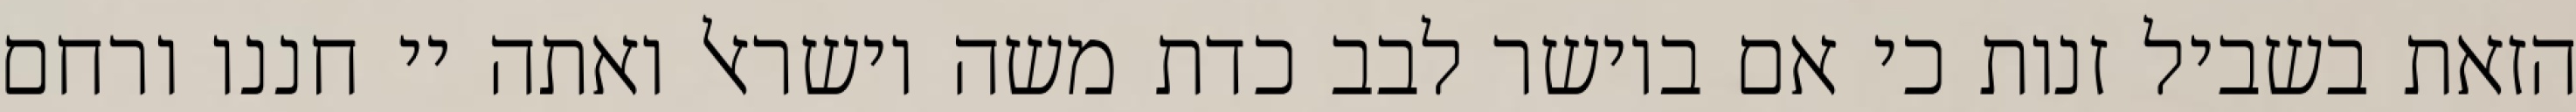
הזאת בשביל זנות כי אם ביושר לבב כדת משה וישראל ואתה יי חננו ורחם